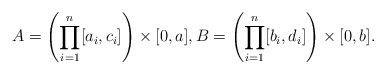
\begin{align*} A = \left(\prod_{i=1}^n[a_i,c_i]\right) \times [0,a], B= \left(\prod_{i=1}^n[b_i,d_i]\right) \times [0,b]. \end{align*}